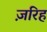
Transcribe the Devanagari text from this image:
ज़रिह